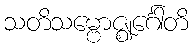
သတိသမ္ဗောဇ္ဈင်္ဂေါတိ